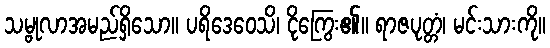
သမ္ဗုလာအမည်ရှိသော။ ပရိဒေဝေသိ၊ ငိုကြွေး၏။ ရာဇပုတ္တံ၊ မင်းသားကို။